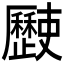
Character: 𣦰